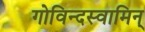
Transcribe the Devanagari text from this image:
गोविन्दस्वामिन्